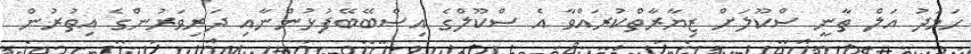
ހަމަދު އަލް ތާނީ ސްކޫލަށް ޒިޔާރާތްކުރައްވާ އެ ސްކޫލްގެ އިސްބޭބޭފުޅުންނާއި ދަރިވަރުންގެ އިތުރުން